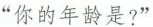
“你的年龄是?”